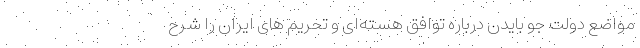
مواضع دولت جو بایدن درباره توافق هسته‌ای و تحریم های ایران را شرح